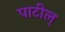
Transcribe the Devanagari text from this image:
पाटील्